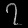
Digit: ၇